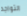
التواجد